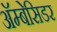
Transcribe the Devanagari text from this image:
अॅम्बेसिडर